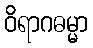
ဝိရာဂဓမ္မာ